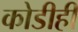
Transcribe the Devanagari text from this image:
कोडीही